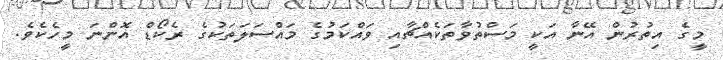
މީގެ އިތުރުން އޭނާ އަކީ މަސްތުވާތަކެއްޗާއި ވައްކަމުގެ މައްސަލަތަކުގެ ރެކޯޑް އޮންނަ މީހެކެވެ.